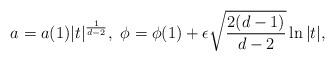
LaTeX: \begin{align*}a=a(1)\vert t\vert ^{\frac{1}{d-2}},\ \phi=\phi (1)+ \epsilon\sqrt{\frac{2(d-1)}{d-2}}\ln \vert t \vert, \end{align*}